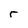
Character: r